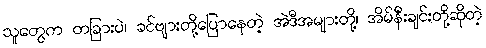
သူတွေက တခြားပဲ၊ ခင်ဗျားတို့ပြောနေတဲ့ အဲဒီအများတို့၊ အိမ်နီးချင်းတို့ဆိုတဲ့